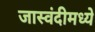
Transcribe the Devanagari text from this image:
जास्वंदीमध्ये